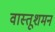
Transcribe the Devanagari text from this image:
वास्तूशमन